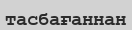
тасбағаннан